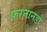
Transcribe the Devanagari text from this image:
फ़रनानडो